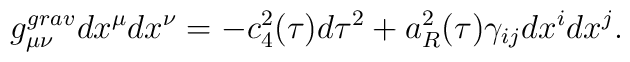
g^{grav}_{\mu\nu}dx^{\mu}dx^{\nu}=-c^2_4(\tau)d\tau^2+a^2_R(\tau)\gamma_{ij}dx^idx^j.